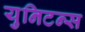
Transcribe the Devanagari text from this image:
युनिटन्स